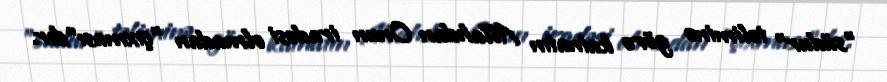
"südur" təliminə görə kainatın Allahdan Onun iradəsi olmadan "çıxması"dır.